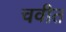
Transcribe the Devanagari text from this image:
चवीत